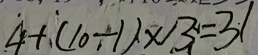
4 + ( 1 0 - 1 ) \times 1 3 = 3 1